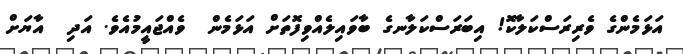
އަޅަމެންގެ ވެރިރަސްކަލާކޮ! އިބަރަސްކަލާނގެ ބާވައިލެއްވިފޮތަށް އަޅަމެން  ވެއްޖައީމުއެވެ. އަދި  އާޔަށް